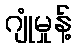
ဂျုံမှုန့်